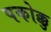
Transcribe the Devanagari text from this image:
पकोक्कु